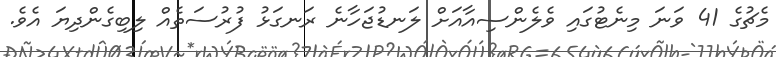
މެޗުގެ 41 ވަނަ މިނެޓުގައި ވެލެންސިއާއަށް ލަނޑުޖަހާނެ ރަނގަޅު ފުރުސަތެއް ލިބިގެންދިޔަ އެވެ.